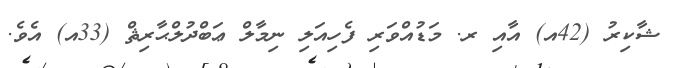
ޝާކިރު (42އ) އާއި ރ. މަޑުއްވަރި ފެހިއަލި ނިމާލް ޢަބްދުލްޙާރިޘް (33އ) އެވެ.